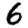
Digit: 6